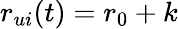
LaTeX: r_{ui}(t)=r_{0}+k